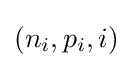
(n_{i},p_{i},i)